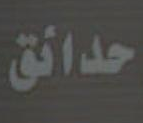
حدائق